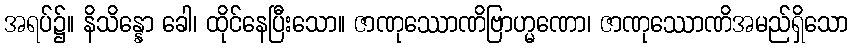
အရပ်၌။ နိသိန္နော ခေါ၊ ထိုင်နေပြီးသော။ ဇာဏုဿောဏိဗြာဟ္မဏော၊ ဇာဏုဿောဏိအမည်ရှိသော